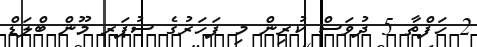
2 ހަފްތާ 5 ދުވަސް ކުރިން މި ފަހަރުގެ ސުޕަރ މޫން ބްލަޑް